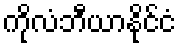
ကိုလံဘီယာနိုင်ငံ